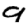
Digit: 9